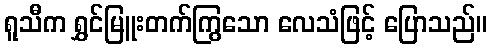
ရူသီက ရွှင်မြူးတက်ကြွသော လေသံဖြင့် ပြောသည်။